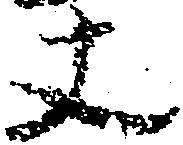
丈